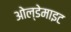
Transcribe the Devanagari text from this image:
ओल्डेमाइट